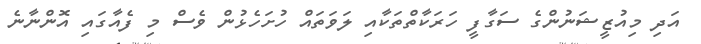
އަދި މިއުޒީޝަނުންގެ ސަގާފީ ހަރަކާތްތަކާއި ލަވަތައް ހުށަހެޅުން ވެސް މި ފެއާގައި އޮންނާނެ